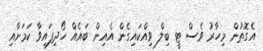
އެގޮތުން މިހާރު ވެސް ޓީ ބިލް ވިއްކައިގެން އެއިން ބައެއް ހޯދިފައިވާ ކަމަށާއި